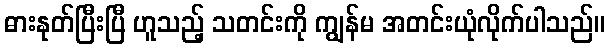
ဓားနုတ်ပြီးပြီ ဟူသည့် သတင်းကို ကျွန်မ အတင်းယုံလိုက်ပါသည်။